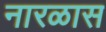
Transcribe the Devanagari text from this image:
नारळास